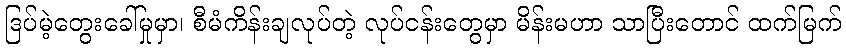
ဒြပ်မဲ့တွေးခေါ်မှုမှာ၊ စီမံကိန်းချလုပ်တဲ့ လုပ်ငန်းတွေမှာ မိန်းမဟာ သာပြီးတောင် ထက်မြက်